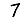
Digit: 7